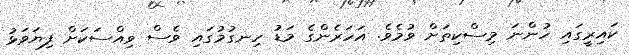
ކައިރީގައި ހުންނަ މިސްކިތަށް ވުމެވެ. އަހަރެންގެ މަޑު ހިނގުމުގައި ވެސް ވިއްސަކަށް ފިޔަވަޅު